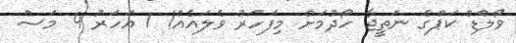
ވޯލްޑް ކަޕްގެ ނަތީޖާ ހޯދުމަށް މިފަހަރު ވެލައެއް! 1 އަހަރު 4 މަސް